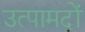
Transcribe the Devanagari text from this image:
उत्पामदों